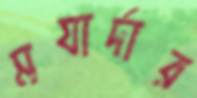
মযার্দার